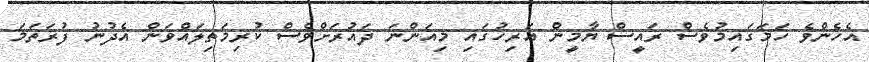
އެހެންވެ ހަމަގައިމުވެސް ރައީސް ޔާމީން އަރިހުގައި މިއަންނަ ދައުރަށްވެސް ކުރިމަތިލައްވަން އެދުނު ފުރަތަމަ